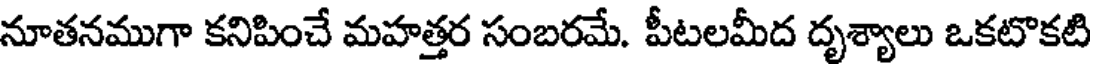
నూతనముగా కనిపించే మహత్తర సంబరమే. పీటలమీద దృశ్యాలు ఒకటొకటి